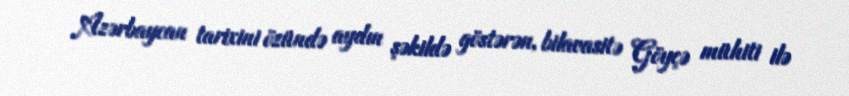
Azərbaycan tarixini özündə aydın şəkildə göstərən, bilavasitə Göyçə mühiti ilə